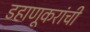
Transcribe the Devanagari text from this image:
डहाणूकरांची